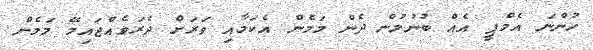
ހުންނަ އެމްޕީ އެއް ބުނުމުން ދެން މަމެން އެކަމާއި ވަރަށް ދެރަވެއްޖައިމޭ މަމެން